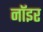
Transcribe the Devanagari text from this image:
नॉइर